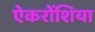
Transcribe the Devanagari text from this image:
ऐकरोंशिया